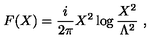
F ( X ) = \frac { i } { 2 \pi } X ^ { 2 } \log \frac { X ^ { 2 } } { \Lambda ^ { 2 } } \ ,